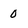
Character: 0